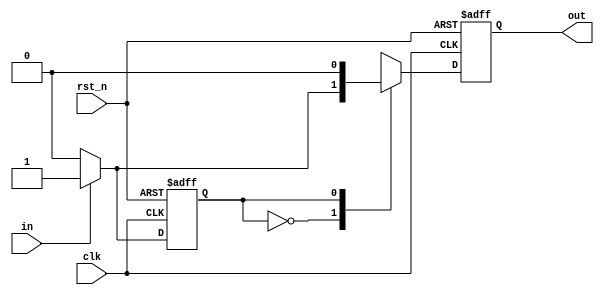
module hw2_A (
				input in,
				input clk,
				input rst_n,
				output reg out
			 );
parameter S0 = 0;
parameter S1 = 1;
reg state, nextState;
reg tmp_out;
always @(posedge clk or negedge rst_n) begin
	if (~rst_n) begin
		state <= S0;
	end else begin
		state <= nextState;
	end 
end 
always @(*) begin
	case (state) 
		S0: begin 				
			if (in == 0) begin	
				nextState <= 0;
			end else begin		
				nextState <= 1;
			end
		end
		S1: begin				
			if (in == 0) begin	
				nextState <= 0;
			end else begin		
				nextState <= 1;
			end
		end
	endcase
end
always @(*) begin
	case (state)
		S0: begin 				
			if (in == 0) begin	
				tmp_out <= 0;
			end else begin		
				tmp_out <= 1;
			end
		end
		S1: begin				
			tmp_out <= 0;
		end
	endcase
end
always @(posedge clk or negedge rst_n) begin
	if(~rst_n) begin
		out <= 0;
	end else begin
		out <= tmp_out;
	end
end
endmodule